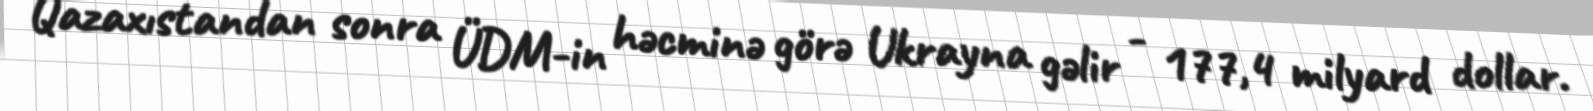
Qazaxıstandan sonra ÜDM-in həcminə görə Ukrayna gəlir - 177,4 milyard dollar.